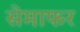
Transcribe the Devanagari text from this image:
सेमाफर